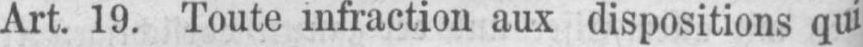
Art. 19. Toute infraction aux dispositions qui